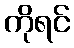
ကိုရင်